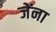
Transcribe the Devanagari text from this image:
जेंना